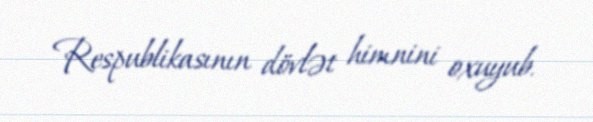
Respublikasının dövlət himnini oxuyub.